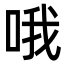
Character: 哦